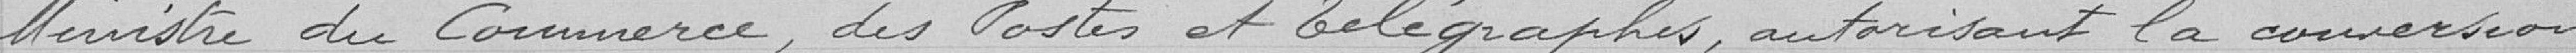
Ministre du Commerce, des postes et télégraphies, autorisant la conversion